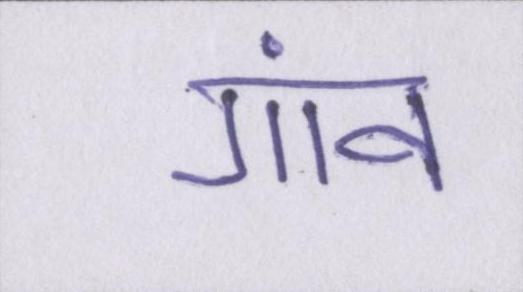
गांव